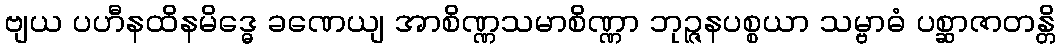
ဗျယ ပဟီနထိနမိဒ္ဓေ ခဏေယျ အာစိဏ္ဏသမာစိဏ္ဏာ ဘုဉ္ဇနပစ္စယာ သမ္ဗာဓံ ပစ္ဆာဇာတန္တိ